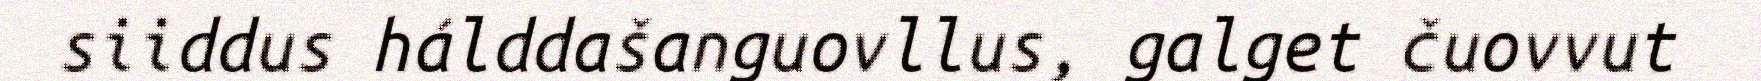
siiddus hálddašanguovllus, galget čuovvut